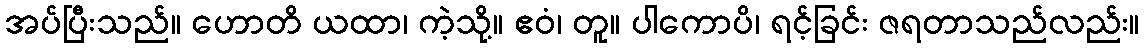
အပ်ပြီးသည်။ ဟောတိ ယထာ၊ ကဲ့သို့။ ဧဝံ၊ တူ။ ပါကောပိ၊ ရင့်ခြင်း ဇရတာသည်လည်း။